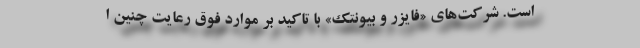
است. شرکت‌های «فایزر و بیونتک» با تاکید بر موارد فوق رعایت چنین ا